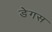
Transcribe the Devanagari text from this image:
डेगस